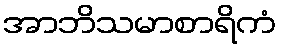
အာဘိသမာစာရိကံ